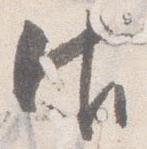
御